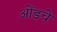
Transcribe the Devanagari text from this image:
ओंडचे